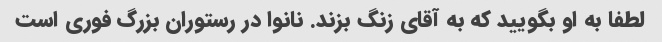
لطفا به او بگویید که به آقای زنگ بزند. نانوا در رستوران بزرگ فوری است